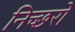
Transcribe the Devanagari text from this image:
निच्छरो